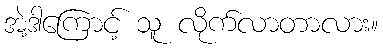
အဲ့ဒါကြောင့် သူ လိုက်လာတာလား။